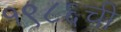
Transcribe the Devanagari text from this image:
१९८६ची